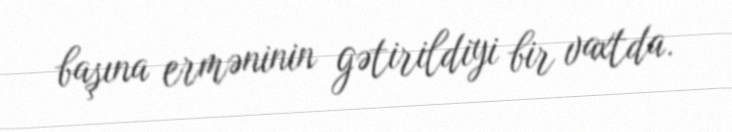
başına erməninin gətirildiyi bir vaxtda.